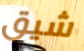
شيق